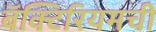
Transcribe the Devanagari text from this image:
बॅक्टिरियमची